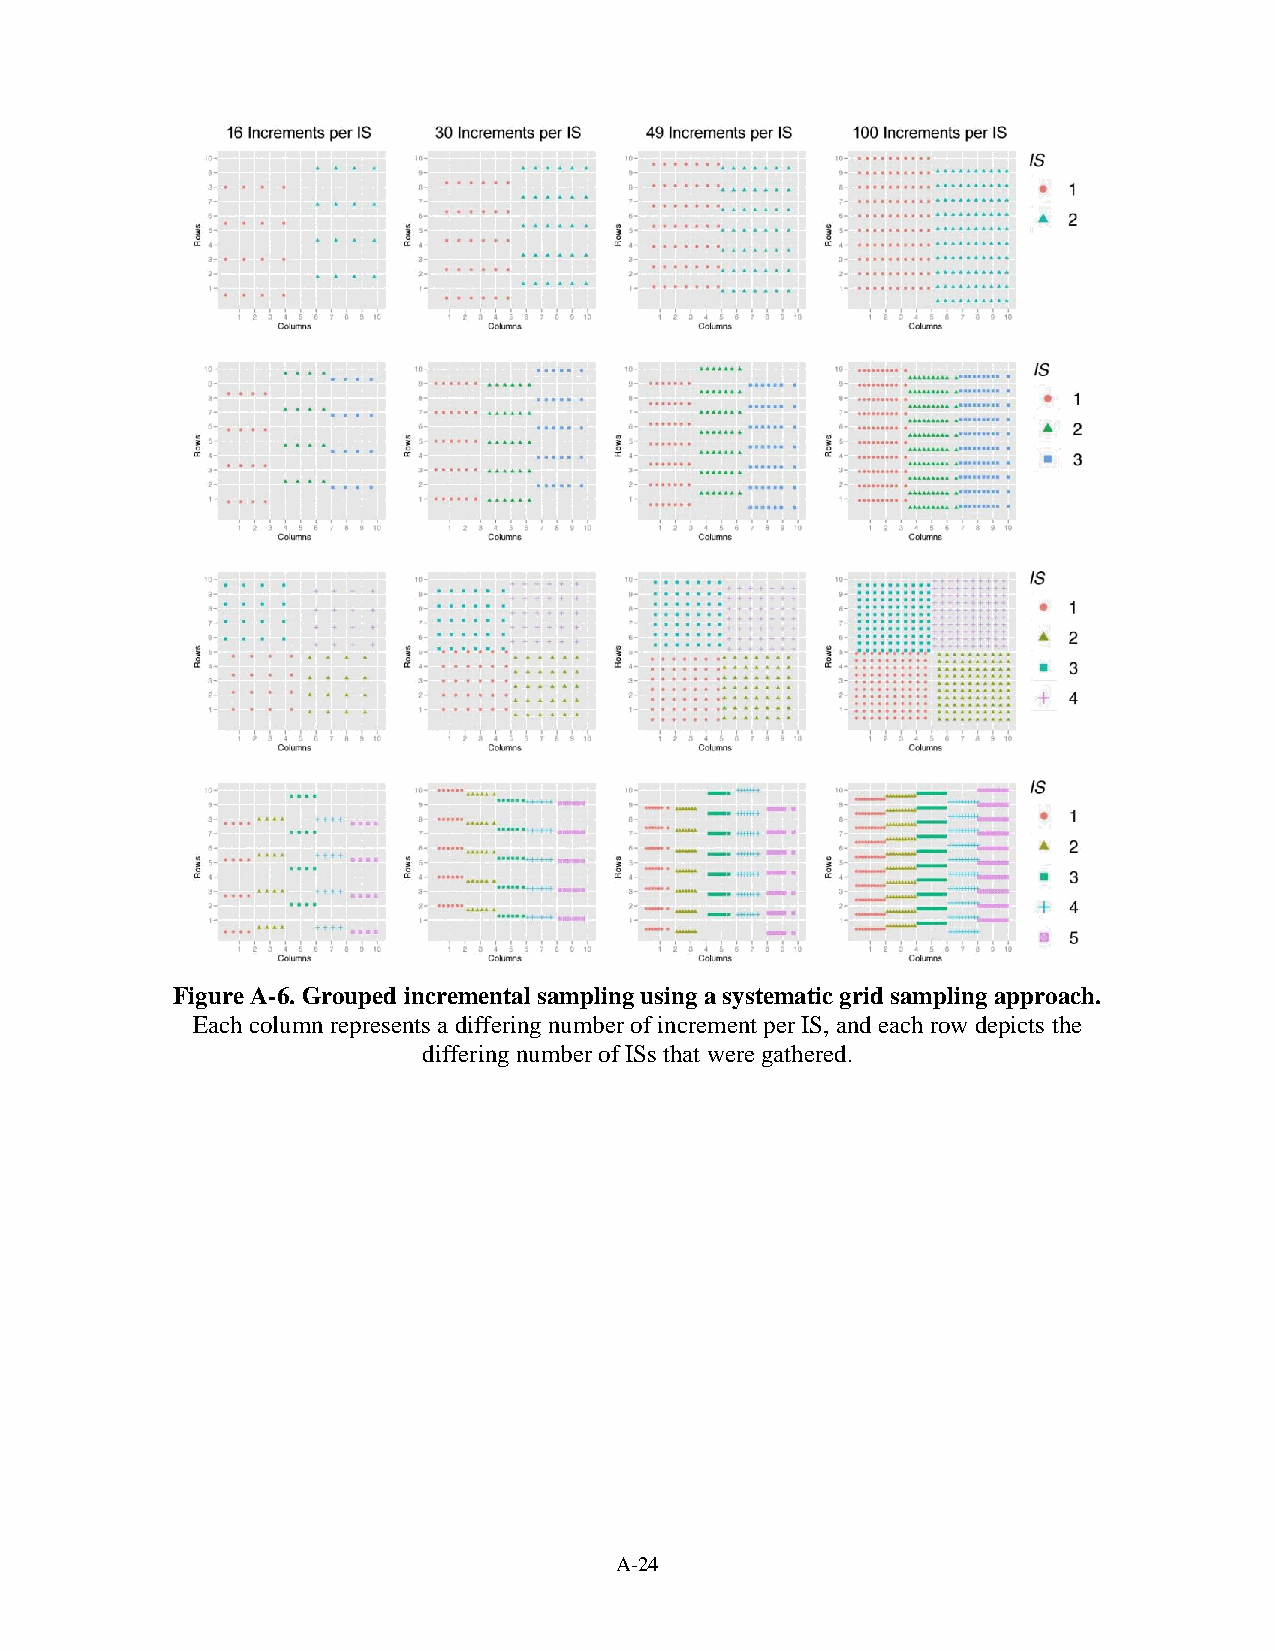
Figure A-6. Grouped incremental sampling using a systematic grid sampling approach.
 Each column represents a differing number of increment per IS, and each row depicts the
 differing number of ISs that were gathered.
 A-24